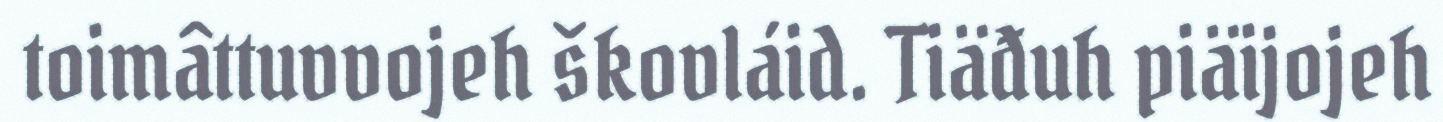
toimâttuvvojeh škovláid. Tiäđuh piäijojeh